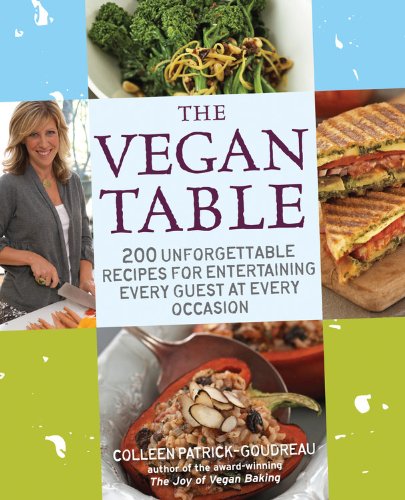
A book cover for The Vegan Table: 200 Unforgettable Recipes for Entertaining Every Guest at Every Occasion; Colleen Patrick-Goudreau; Cookbooks, Food & Wine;